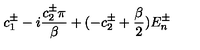
c _ { 1 } ^ { \pm } - i \frac { c _ { 2 } ^ { \pm } \pi } { \beta } + ( - c _ { 2 } ^ { \pm } + \frac { \beta } { 2 } ) E _ { n } ^ { \pm }